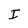
Character: I